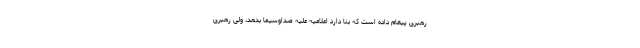
رهبرى پیغام داده است كه بنا دارد اعلامیه علیه صداوسیما بدهد، ولى رهبرى